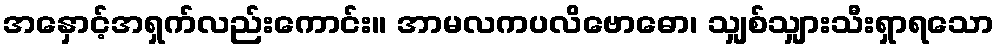
အနှောင့်အရှက်လည်းကောင်း။ အာမလကပလိဗောဓော၊ သျှစ်သျှားသီးရှာရသော